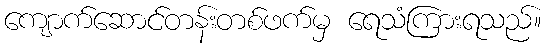
ကျောက်ဆောင်တန်းတစ်ဖက်မှ ရေသံကြားရသည်။